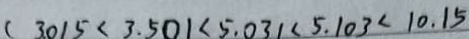
( 3 . 0 1 5 < 3 . 5 0 1 < 5 . 0 3 1 < 5 . 1 0 3 < 1 0 . 1 5